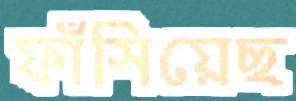
ফাঁসিয়েছ